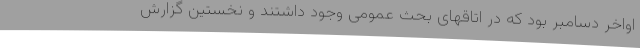
اواخر دسامبر بود که در اتاقهای بحث عمومی وجود داشتند و نخستین گزارش